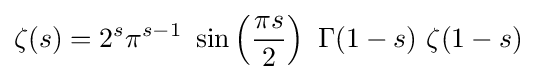
\zeta (s)=2^{s}\pi ^{s-1}\ \sin \left({\frac {\pi s}{2}}\right)\ \Gamma (1-s)\ \zeta (1-s)